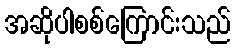
အဆိုပါစစ်ကြောင်းသည်